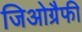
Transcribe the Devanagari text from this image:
जिओग्रैफी